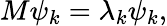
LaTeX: M\psi_{k}=\lambda_{k}\psi_{k},